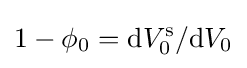
1-\phi _{0}=\mathrm {d} V_{0}^{\mathrm {s} }/\mathrm {d} V_{0}